Lock hospitals Punjab
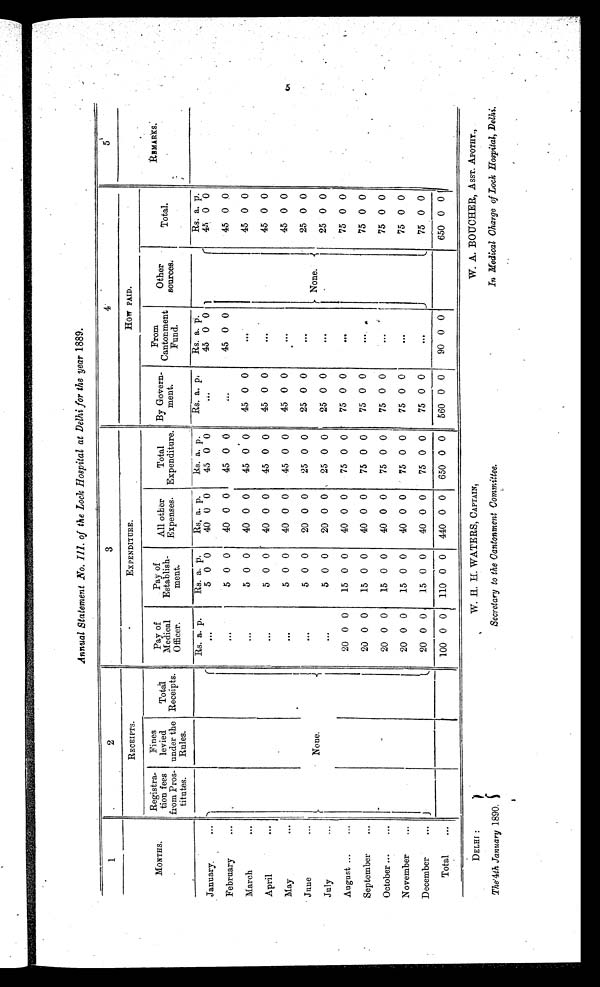
DELHI :
The 4th January 1890.
W. H. H. WATERS, CAPTAIN,
Secretary to the Cantonment Committee.
W. A. BOUCHER, ASST. APOTHY.,
In Medical Charge of Lock Hospital, Delhi.
Annual Statement No. Ill, of the Lock Hospital at Delhi for the year 1889.
1
2
3
4.
5
MONTHS.
RECEIPTS.
EXPENDITURE.
How PAID.
R E M A R K S .
Registra-
tion fees
from Pros-
titutes.
Fines
levied
under the
Rules.
Total
Receipts.
Pay of
Medical
Officer.
Pay of
Establish-
ment.
All other
Expenses.
Total
Expenditure.
By Govern-
ment.
From
Cantonment
Fund.
Other
sources.
Total .
January.
...
None.
Rs. a. p.
Rs. a. p.
Rs, a. p.
Rs. a. p.
Rs. a. p,
Rs. a. p.
None.
Rs. a. p.
...
5 0 0
40 0 0
45 0 0
...
45 0 0
45 0 0
February
...
...
5 0 0
40 0 0
45 0 0
...
45 0 0
45 0 0
March
. . .
...
5 0 0
40 0 0
45 0 0
45 0 0
. . .
45 0 0
April
. . .
...
5 0 0
40 0 0
45 0 0
45 0 0
. . .
45 0 0
May
. . .
...
5 0 0
40 0 0
45 0 0
45 0 0
. . .
45 0 0
June
...
...
5 0 0
20 0 0
25 0 0
25 0 0
. . .
25 0 0
July
. . .
...
5 0 0
20 0 0
25 0 0
25 0 0
. . .
25 0 0
August
...
20 0 0
15 0 0
40 0 0
75 0 0
75 0 0
. . .
75 0 0
September
...
20 0 0
15 0 0
40 0 0
75 0 0
75 0 0
. . .
75 0 0
October
...
20 0 0
15 0 0
40 0 0
75 0 0
75 0 0
. . .
75 0 0
November
...
20 0 0
15 0 0
40 0 0
75 0 0
75 0 0
. . .
75 0 0
December
...
20 0 0
15 0 0
40 0 0
75 0 0
75 0 0
. . .
75 0 0
Total
...
100 0 0 110 0 0 440 0 0 650 0 0 560 0 0
9 0 0
0
650 0 0 I